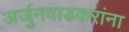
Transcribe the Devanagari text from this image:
अर्जुनवाडकरांना